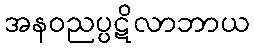
အနဝညပ္ပဋိလာဘာယ